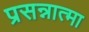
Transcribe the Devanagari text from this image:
प्रसन्नात्मा